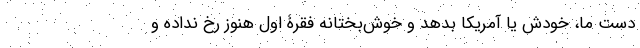
دست ما، خودش یا آمریکا بدهد و خوش‌بختانه فقرۀ اول هنوز رخ نداده و